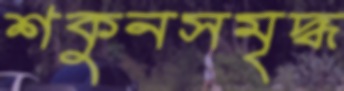
শকুনসমৃদ্ধ